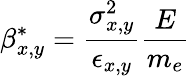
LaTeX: \beta_{x,y}^{*}=\frac{\sigma_{x,y}^{2}}{\epsilon_{x,y}}\frac{E}{m_{e}}